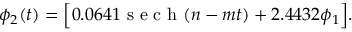
\begin{array} { r } { \phi _ { 2 } ( t ) = \Big [ 0 . 0 6 4 1 \mathrm { ~ s ~ e ~ c ~ h ~ } ( n - m t ) + 2 . 4 4 3 2 \phi _ { 1 } \Big ] . } \end{array}